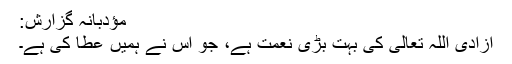
مؤدبانہ گزارش:
آزادی اللہ تعالی کی بہت بڑی نعمت ہے، جو اس نے ہمیں عطا کی ہے۔